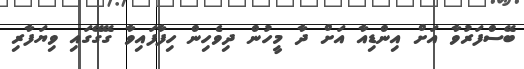
ބޭސްފަރުވާ އަށް އިންޑިއާ އަށް ދާ މީހުން ދިވެހިން ހިފާފައިވާ ގޭގޭގައި ވިޔަފާރި